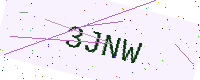
Text: 3JNW